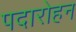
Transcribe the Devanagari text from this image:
पदारोहन